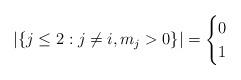
LaTeX: \begin{align*}|\{ j\le 2: j \not=i, m_j>0 \}| = \begin{cases} 0 \\1 \end{cases}\end{align*}